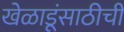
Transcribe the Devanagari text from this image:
खेळाडूंसाठीची